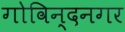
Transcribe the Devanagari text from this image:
गोविन्‍दनगर